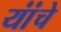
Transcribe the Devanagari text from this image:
यांंचे